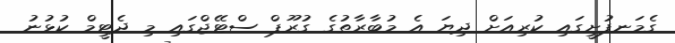
ގެމަނފުށީގައި ކުރިއަށް ދިޔަ އެ މުބާރާތުގެ ގުރޫޕް ސްޓޭޖްގައި މި ދެޓީމް ކުޅުނު